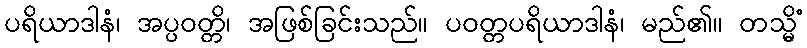
ပရိယာဒါနံ၊ အပ္ပဝတ္တိ၊ အဖြစ်ခြင်းသည်။ ပဝတ္တပရိယာဒါနံ၊ မည်၏။ တသ္မိံ